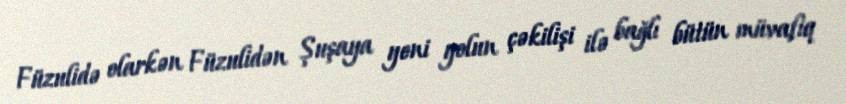
Füzulidə olarkən Füzulidən Şuşaya yeni yolun çəkilişi ilə bağlı bütün müvafiq